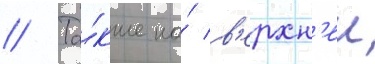
// Та́кже на́ в'ерхн'еи